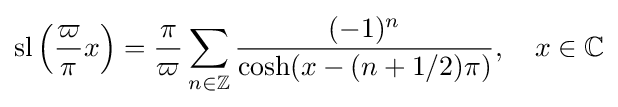
\operatorname {sl} \left({\frac {\varpi }{\pi }}x\right)={\frac {\pi }{\varpi }}\sum _{n\in \mathbb {Z} }{\frac {(-1)^{n}}{\cosh(x-(n+1/2)\pi )}},\quad x\in \mathbb {C}